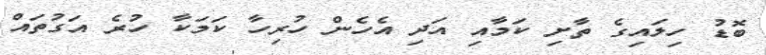
ބޮޑު ހިލައިގެ ތާށި ކަމާއި އަދި އެހެން ހުރިހާ ކަމަކާ ހުރެ އަގުތައް